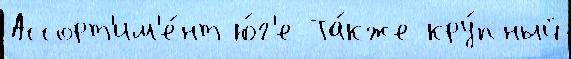
Ассорт'им'е́нт ю́г'е Та́кже кру́пный